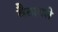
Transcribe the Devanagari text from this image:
वैतागले